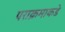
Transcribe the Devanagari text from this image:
पराक्रमाकडे